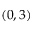
( 0 , 3 )